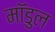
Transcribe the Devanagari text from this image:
मॉडुल